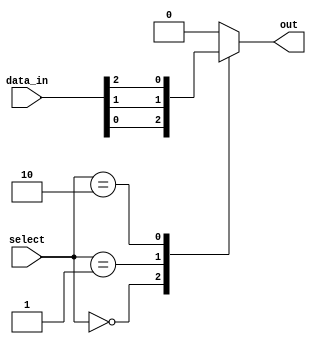
module mux_256to1 (
    input [255:0] data_in,
    input [7:0] select,
    output reg out
);

always @(*) begin
    case(select)
        8'b00000000: out = data_in[0];
        8'b00000001: out = data_in[1];
        8'b00000010: out = data_in[2];
        // Continue this pattern for all 256 input lines
        default: out = 8'b0; // Default to 0 if select signal is out of range
    endcase
end

endmodule